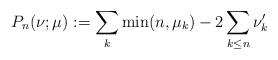
LaTeX: \begin{align*}P_n(\nu ;\mu ):=\sum_k\min (n,\mu_k)-2\sum_{k\le n}\nu'_k\end{align*}